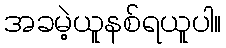
အခမဲ့ယူနစ်ရယူပါ။